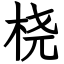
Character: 桡